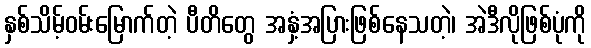
နှစ်သိမ့်ဝမ်းမြောက်တဲ့ ပီတိတွေ အနှံ့အပြားဖြစ်နေသတဲ့၊ အဲဒီလိုဖြစ်ပုံကို